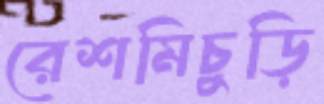
রেশমিচুড়ি